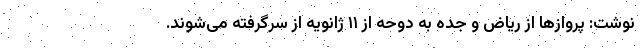
نوشت: پروازها از ریاض و جده به دوحه از ۱۱ ژانویه از سرگرفته می‌شوند.